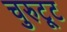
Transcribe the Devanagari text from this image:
चुरुट्टू